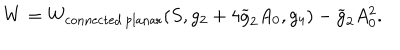
W = W _ { \mathrm { c o n n e c t e d \, p l a n a r } } ( S , g _ { 2 } + 4 \widetilde { g } _ { 2 } A _ { 0 } , g _ { 4 } ) - \widetilde { g } _ { 2 } A _ { 0 } ^ { 2 } .